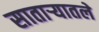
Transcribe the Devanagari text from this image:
साताऱ्यातले